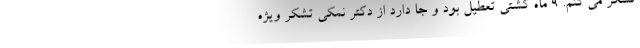
تشکر می کنم. ۹ ماه کشتی تعطیل بود و جا دارد از دکتر نمکی تشکر ویژه